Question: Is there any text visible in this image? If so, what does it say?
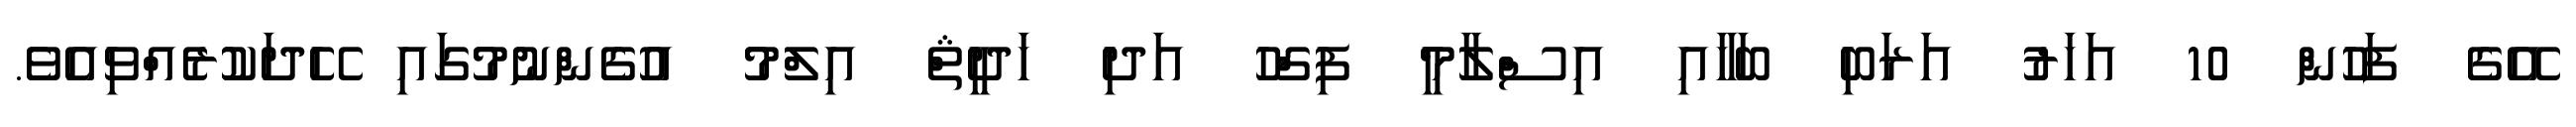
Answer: އޭގެ ފަހުން 10 އަހަރު އަރަބި ބަހާއި އިސްލާމީ ފިގްހު އަދި ހަދީޘް އިލްމު އުގެންނުމުގައި ހޭދަކުރެއްވިއެވެ.